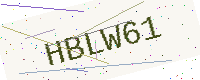
Text: HBLW61